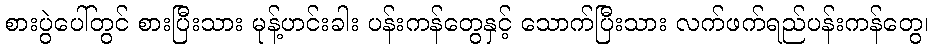
စားပွဲပေါ်တွင် စားပြီးသား မုန့်ဟင်းခါး ပန်းကန်တွေနှင့် သောက်ပြီးသား လက်ဖက်ရည်ပန်းကန်တွေ၊